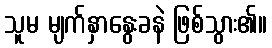
သူမ မျက်နှာနွေးခနဲ ဖြစ်သွား၏။